Plague in India, 1896, 1897 - Volume 2
Year: 1896
Disease focus: Plague
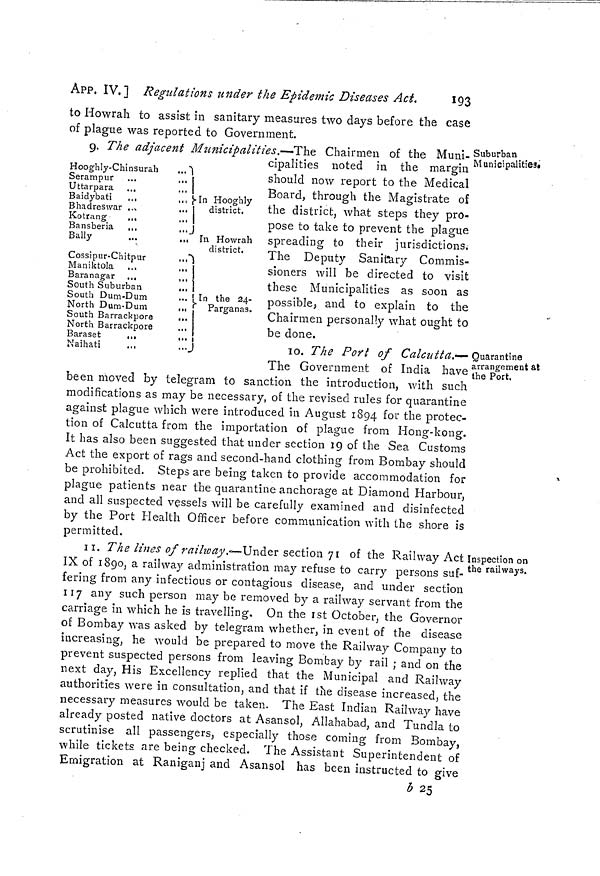
APP. IV. ] Regulations under the Epidemic Diseases Act.
193
to Howrah to assist in sanitary measures two days before the case
of plague was reported to Government.
Suburban
Municipalities.
Hooghly-Chinsurah
...Ŝ
erampur ..
,,. [
Uttarpara ..
... |
Baidybati ..
,,, {-In Hooghly
Bhadreswar .,
... 1
Kotrang
..
,., j
district.
Bansberia ,.
...J
Bally
.
,,, hi Howrah
district,
Cossipur-Chitpur
..."M
aniktola ...
,,,
Baranagar ...
,,,
South Suburban
...
South Dum-Dum
... [ In the 24-
North Dum-Dum
...
South Barrackpore
...
North Barrackpore
...
Baraset
•..
...
Parganas.
i
Naihati
...
...J
9. The adjacent Mimicipalities.—The Chairmen of the Muni-
cipalities noted in the margin
should now report to the Medical
Board, through the Magistrate of
the district, what steps they pro-
pose to take to prevent the plague
spreading to their jurisdictions;
The Deputy Sanitary Commis-
sioners will be directed to visit
these Municipalities as soon as
possible, and to explain to the
Chairmen personally what ought to
be done.
Quarantine
arrangement at
the Port.
10. The Port of Calcutta.—
The Government of India have
been moved by telegram to sanction the introduction, with such
modifications as may be necessary, of the revised rules for quarantine
against plague which were introduced in August 1894 for the protec-
tion of Calcutta from the importation of plague from Hong-kong.
It has also been suggested that under section 19 of the Sea Customs
Act the export of rags and second-hand clothing from Bombay should
be prohibited. Steps are being taken to provide accommodation for
plague patients near the quarantine anchorage at Diamond Harbour,
and all suspected vessels will be carefully examined and disinfected
by the Port Health Officer before communication with the shore is
permitted.
Inspection on
the railways.
11. The lines of railway.— Under section 71 of the Railway Act
IX of 1890, a railway administration may refuse to carry persons suf-
fering from any infectious or contagious disease, and under section
117 any such person may be removed by a railway servant from the
carnage in which he is travelling. On the 1st October, the Governor
of Bombay was asked by telegram whether, in event of the disease
increasing, he would be prepared to move the Railway Company to
prevent suspected persons from leaving Bombay by rail ; and on the
next day, His Excellency replied that the Municipal and Railway
authorities were in consultation, and that if the disease increased, the
necessary measures would be taken. The East Indian Railway have
already posted native doctors at Asansol, Allahabad, and Tundía to
scrutinise all passengers, especially those coming from Bombay,
while tickets are being checked. The Assistant Superintendent of
Emigration at Raniganj and Asansol has been instructed to give
b 25